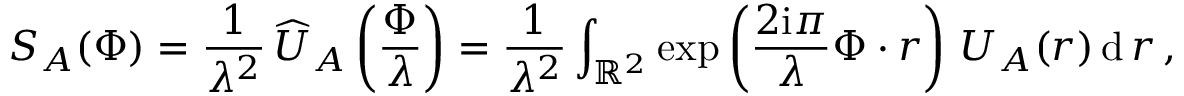
S _ { A } ( \boldsymbol \Phi ) = { \frac { 1 } { \lambda ^ { 2 } } } \, \widehat U _ { A } \left( { \frac { \boldsymbol \Phi } { \lambda } } \right) = { \frac { 1 } { \lambda ^ { 2 } } } \int _ { { \mathbb R } ^ { 2 } } \exp \left( { \frac { 2 \mathrm { i } \pi } { \lambda } } \boldsymbol \Phi \boldsymbol \cdot \boldsymbol r \right) \, U _ { A } ( \boldsymbol r ) \, \mathrm { d } \, \boldsymbol r \, ,